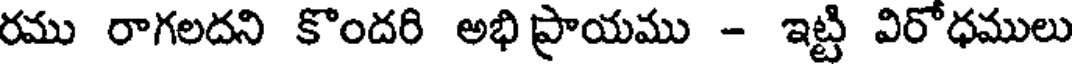
రము రాగలదని కొందరి అభి ప్రాయము - ఇట్టి విరోధములు